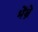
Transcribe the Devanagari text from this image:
भेंब्रे